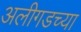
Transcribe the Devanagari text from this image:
अलीगडच्या